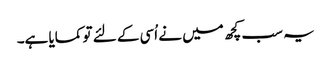
یہ سب کچھ میں نے اُسی کے لئے تو کمایا ہے۔